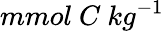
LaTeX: mmol\nobreakspace{}C\nobreakspace{}kg^{-1}